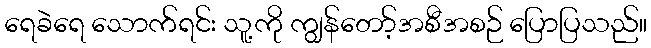
ရေခဲရေ သောက်ရင်း သူ့ကို ကျွန်တော့်အစီအစဉ် ပြောပြသည်။